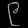
Digit: ၉